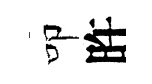
叩旿